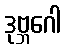
ဒုဗ္ဘဂေါ